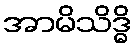
အာမိသိဒ္ဓိ